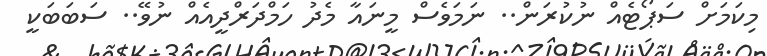
މިކަމަށް ސަޕޯޓެއް ނުކުރަން.. ނަމަވެސް މީނައާ މެދު ހަމްދަރްދީއެއް ނުވޭ.. ސަބަބަކީ